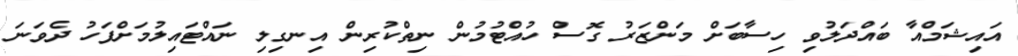
އައިޝަމްއާ ބައްދަލުވި ހިސާބަށް މަންޒަރު ގޮސް ހުއްޓުމުން ނިތްކުރިން އިނގިލި ނައްޓައިލުމަށްފަހު ދެވަނަ